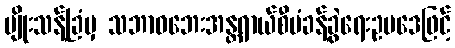
မျိုးသန့်ခြံမှ သဘာဝဘေးအန္တရာယ်စီမံခန့်ခွဲရေးဥပဒေဖြင့်